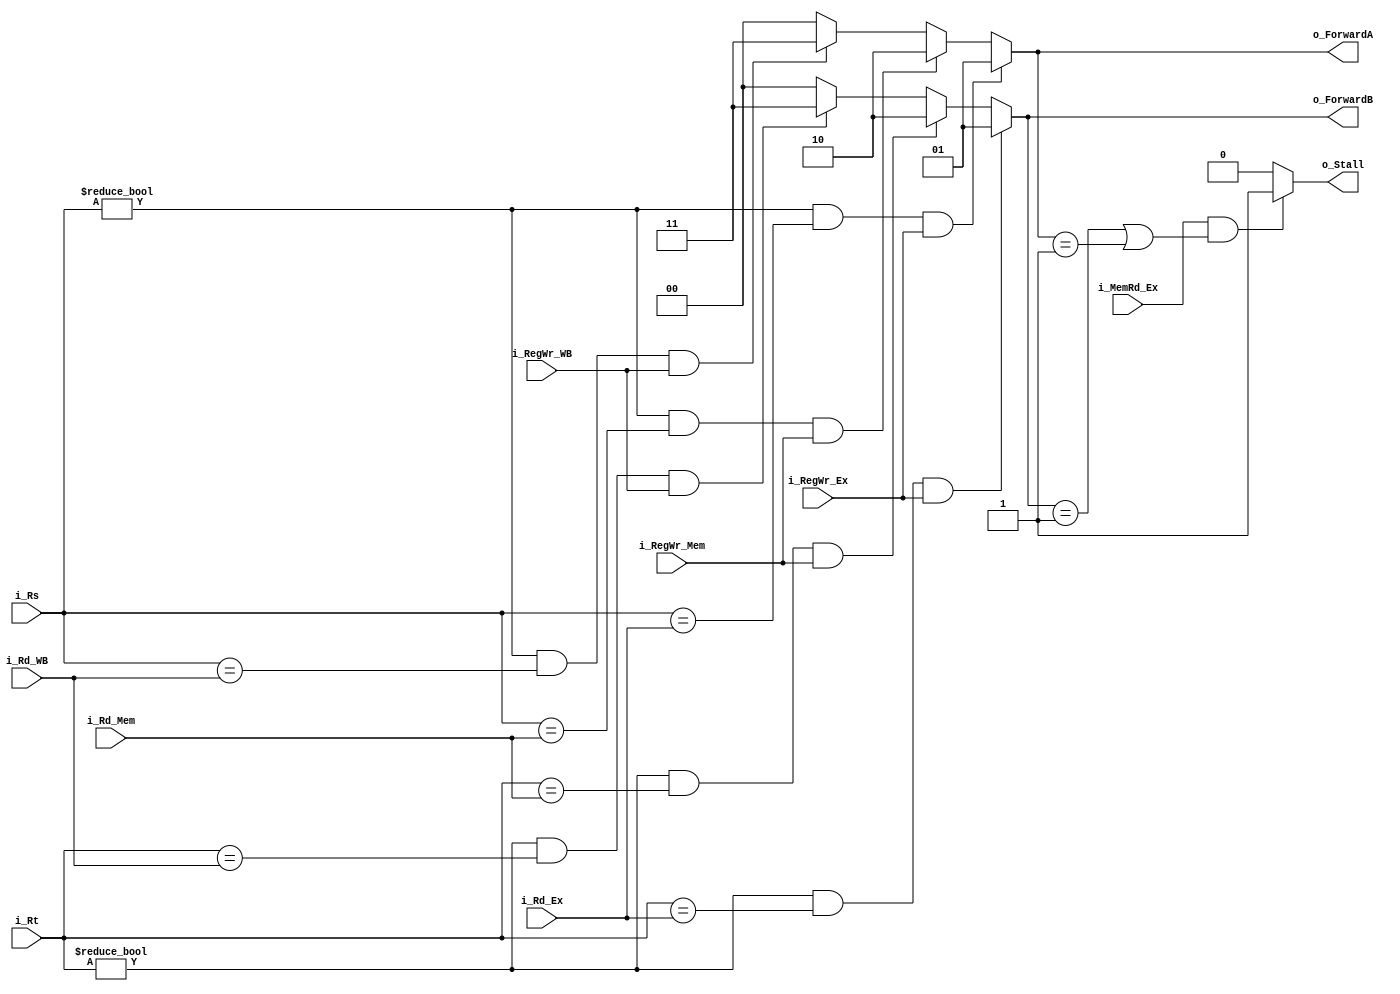
module hazardDetect_unit 	(i_Rs,i_Rt,
							i_Rd_Ex, i_Rd_Mem, i_Rd_WB,
							i_RegWr_Ex,i_RegWr_Mem,i_RegWr_WB,
							i_MemRd_Ex,
							o_ForwardA, o_ForwardB, o_Stall
							);

input [4:0] i_Rs,i_Rt;
input [4:0] i_Rd_Ex, i_Rd_Mem, i_Rd_WB;
input 		i_RegWr_Ex,i_RegWr_Mem,i_RegWr_WB;
input 		i_MemRd_Ex;

output reg [1:0] o_ForwardA, o_ForwardB;
output reg o_Stall;


//Process data hazard......................................................

//check op Rs
always @(*) begin
	if     (i_Rs != 0 && i_Rs == i_Rd_Ex && i_RegWr_Ex)   o_ForwardA = 1;
	else if(i_Rs != 0 && i_Rs == i_Rd_Mem && i_RegWr_Mem) o_ForwardA = 2;
	else if(i_Rs != 0 && i_Rs == i_Rd_WB && i_RegWr_WB) 	o_ForwardA = 3;
	else 													o_ForwardA = 0;
end

//check op Rs
always @(*) begin
	if     (i_Rt != 0 && i_Rt == i_Rd_Ex && i_RegWr_Ex)   o_ForwardB = 1;
	else if(i_Rt != 0 && i_Rt == i_Rd_Mem && i_RegWr_Mem) o_ForwardB = 2;
	else if(i_Rt != 0 && i_Rt == i_Rd_WB && i_RegWr_WB) 	o_ForwardB = 3;
	else 													o_ForwardB = 0;
end

//RAW (generate stall signal)
always @(*)begin
	if(i_MemRd_Ex && ((o_ForwardB == 1) || (o_ForwardA == 1))) o_Stall = 1;
	else o_Stall = 0;
end

/////////////////////////////////////////////////////////////////////////////


endmodule